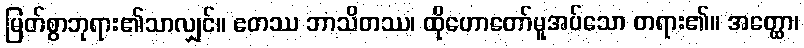
မြတ်စွာဘုရား၏သာလျှင်။ ဧတဿ ဘာသိတဿ၊ ထိုဟောတော်မူအပ်သော တရား၏။ အတ္ထော၊